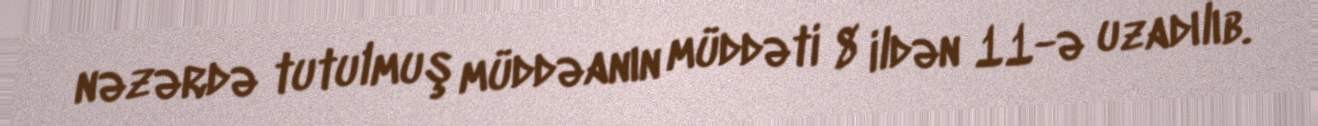
nəzərdə tutulmuş müddəanın müddəti 8 ildən 11-ə uzadılıb.